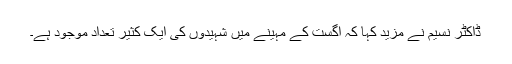
ڈاکٹر نسیم نے مزید کہا کہ اگست کے مہینے میں شہیدوں کی ایک کثیر تعداد موجود ہے۔